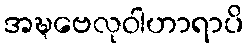
အဍ္ဎဗေလုဝါဟာရာပိ